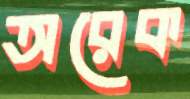
অরেক